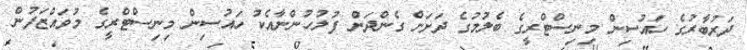
ދަރުބާރުގެ ހައުސިން މިނިސްޓްރީގެ ބެލުމުގެ ދަށަށް ގެންދަން ފުލުހުންނާއެކު ހައުސިން މިނިސްޓްރީގެ މުވައްޒަފުން